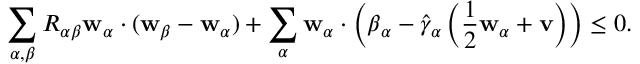
\begin{array} { r } { \displaystyle \sum _ { \alpha , { \beta } } R _ { \alpha { \beta } } \mathbf { w } _ { \alpha } \cdot ( \mathbf { w } _ { \beta } - \mathbf { w } _ { \alpha } ) + \displaystyle \sum _ { \alpha } \mathbf { w } _ { \alpha } \cdot \left( \boldsymbol { \beta } _ { \alpha } - \hat { \gamma } _ { \alpha } \left( \frac { 1 } { 2 } \mathbf { w } _ { \alpha } + \mathbf { v } \right) \right) \leq 0 . } \end{array}